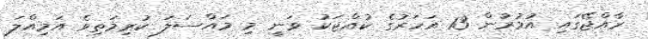
ރާއްޖޭގައި އުމުރުން 13 އަހަރުގެ ކުއްޖަކު ވަނީ މި މައްސަލަ ކުރިމަތިވެ އަމިއްލަ